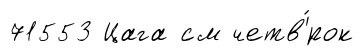
71553 Цага см четв'́рок